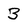
Character: 3